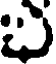
ఎ